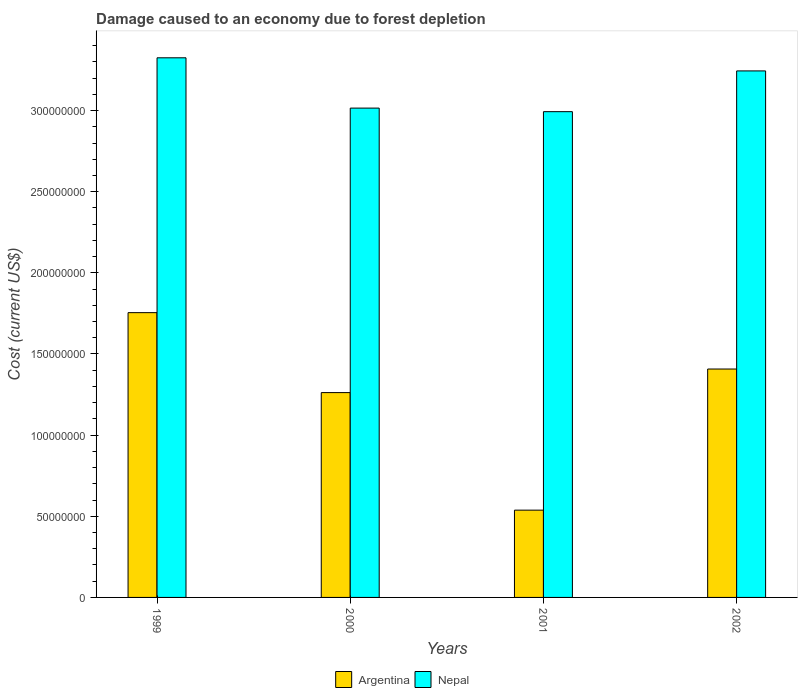
| Years | Argentina | Nepal |
 | --- | --- | --- |
 | 1999 | 1.75e+08 | 3.33e+08 |
 | 2000 | 1.26e+08 | 3.02e+08 |
 | 2001 | 5.38e+07 | 2.99e+08 |
 | 2002 | 1.41e+08 | 3.24e+08 |